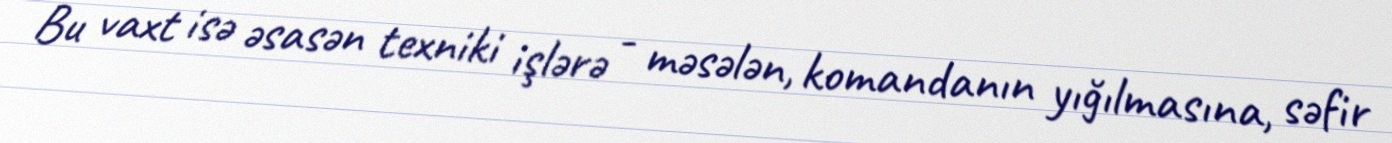
Bu vaxt isə əsasən texniki işlərə - məsələn, komandanın yığılmasına, səfir